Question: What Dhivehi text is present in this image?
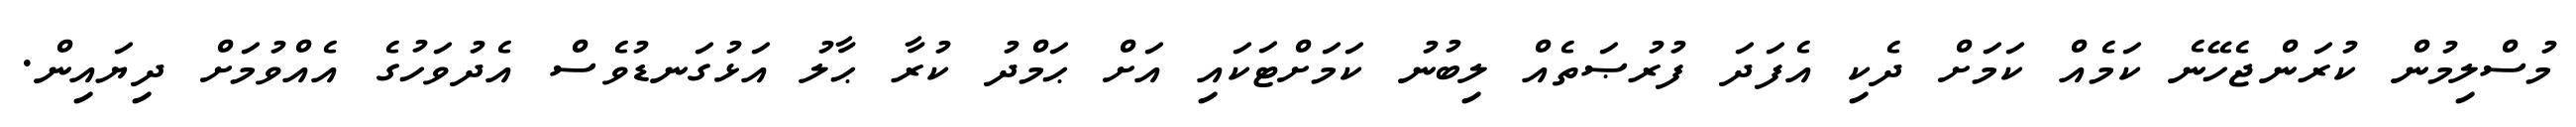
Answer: މުސްލިމުން ކުރަންޖެހޭނެ ކަމެއް ކަމަށް ދެކި އެފަދަ ފުރުޞަތެއް ލިބުނު ކަމަށްޓަކައި އަށް ޙަމްދު ކުރާ ޙާލު އަޅުގަނޑުވެސް އެދުވަހުގެ އެއްވުމަށް ދިޔައިން.